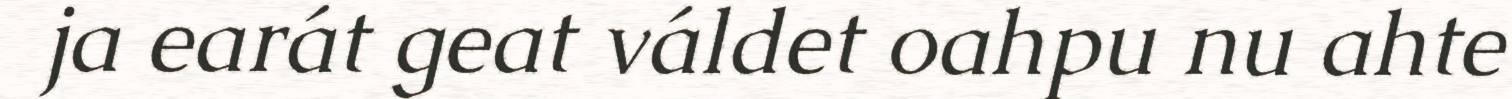
ja earát geat váldet oahpu nu ahte